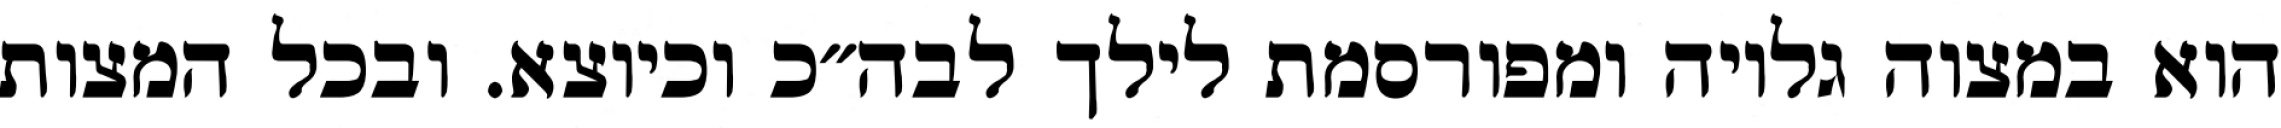
הוא במצוה גלויה ומפורסמת לילך לבה״כ וכיוצא. ובכל המצות